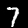
Digit: 7